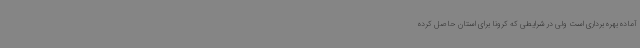
آماده بهره برداری است ولی در شرایطی که کرونا برای استان حاصل کرده